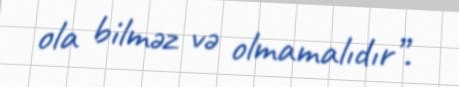
ola bilməz və olmamalıdır”.